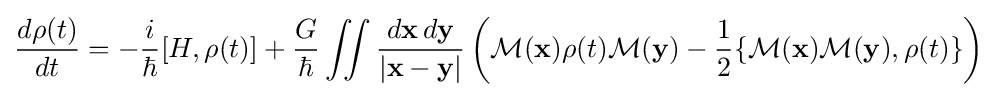
{\frac {d\rho (t)}{dt}}=-{\frac {i}{\hbar }}[H,\rho (t)]+{\frac {G}{\hbar }}\iint {\frac {d\mathbf {x} \,d\mathbf {y} }{|\mathbf {x} -\mathbf {y} |}}\left({\mathcal {M}}(\mathbf {x} )\rho (t){\mathcal {M}}(\mathbf {y} )-{\frac {1}{2}}\{{\mathcal {M}}(\mathbf {x} ){\mathcal {M}}(\mathbf {y} ),\rho (t)\}\right)